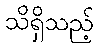
သိရှိသည့်